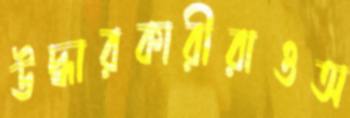
উদ্ধারকারীরাওঅ